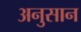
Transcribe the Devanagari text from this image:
अनुसान